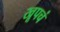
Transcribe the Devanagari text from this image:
खूपचं